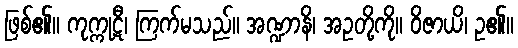
ဖြစ်၏။ ကုက္ကုဋီ၊ ကြက်မသည်။ အဏ္ဍာနိ၊ အဥတို့ကို။ ဝိဇာယိ၊ ဥ၏။